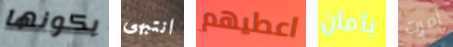
بكونها انتبهى اعطيهم بامان أمرت